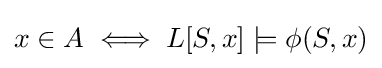
x\in A\iff L[S,x]\models \phi (S,x)